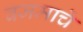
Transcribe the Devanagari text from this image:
वजमाचे